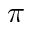
\pi